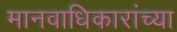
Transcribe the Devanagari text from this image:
मानवाधिकारांच्या